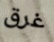
غرق